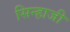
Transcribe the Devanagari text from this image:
सिन्हाजी